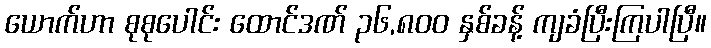
ယောက်ဟာ စုစုပေါင်း ထောင်ဒဏ် ၃၆,၈၀၀ နှစ်ခန့် ကျခံပြီးကြပါပြီ။